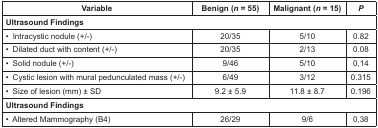
<table><thead><tr><td><b>Variable</b></td><td><b>Benign (<i>n</i> = 55)</b></td><td><b>Malignant (<i>n</i> = 15)</b></td><td><b><i>P</i></b></td></tr></thead><tbody><tr><td colspan="4"><b>Ultrasound Findings</b></td></tr><tr><td>• Intracystic nodule (+/-)</td><td>20/35</td><td>5/10</td><td>0.82</td></tr><tr><td>• Dilated duct with content (+/-)</td><td>20/35</td><td>2/13</td><td>0.08</td></tr><tr><td>• Solid nodule (+/-)</td><td>9/46</td><td>5/10</td><td>0,14</td></tr><tr><td>• Cystic lesion with mural pedunculated mass (+/-)</td><td>6/49</td><td>3/12</td><td>0.315</td></tr><tr><td>• Size of lesion (mm) ± SD</td><td>9.2 ± 5.9</td><td>11.8 ± 8.7</td><td>0.196</td></tr><tr><td colspan="4"><b>Ultrasound Findings</b></td></tr><tr><td>• Altered Mammography (B4)</td><td>26/29</td><td>9/6</td><td>0,38</td></tr></tbody></table>